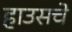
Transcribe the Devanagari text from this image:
हाउसचे